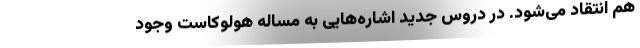
هم انتقاد می‌شود. در دروس جدید اشاره‌هایی به مساله هولوکاست وجود